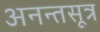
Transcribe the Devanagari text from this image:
अनन्तसूत्र